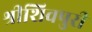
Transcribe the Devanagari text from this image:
श्रीशिवपुरी